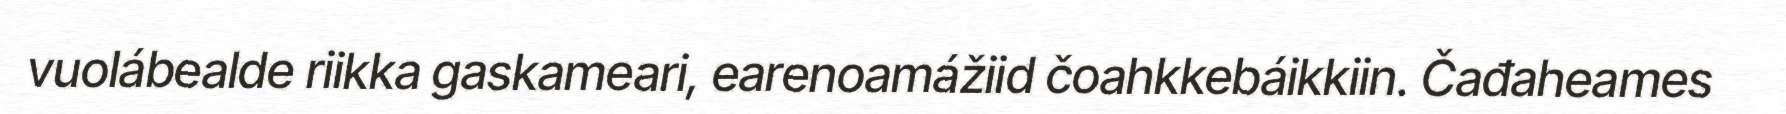
vuolábealde riikka gaskameari, earenoamážiid čoahkkebáikkiin. Čađaheames